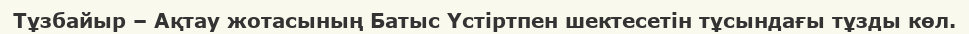
Тұзбайыр – Ақтау жотасының Батыс Үстіртпен шектесетін тұсындағы тұзды көл.